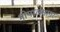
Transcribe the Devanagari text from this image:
भोपालसागर